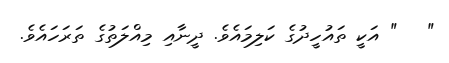
"   " އަކީ ތައުހީދުގެ ކަލިމައެވެ. ދީނާއި މިއްލަތުގެ ތަރަހައެވެ.